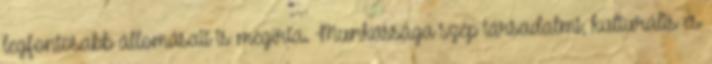
legfontosabb állomásait is megírta. Munkássága szép társadalmi, kulturális és